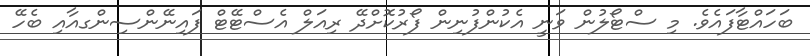
ބަހައްޓާފައެވެ. މި ސްޓޯލުން ވަނީ އެކުންފުނިން ފޯރުކޮށްދޭ ރިއަލް އެސްޓޭޓް ފައިނޭންސިންގއާއި ބެހޭ